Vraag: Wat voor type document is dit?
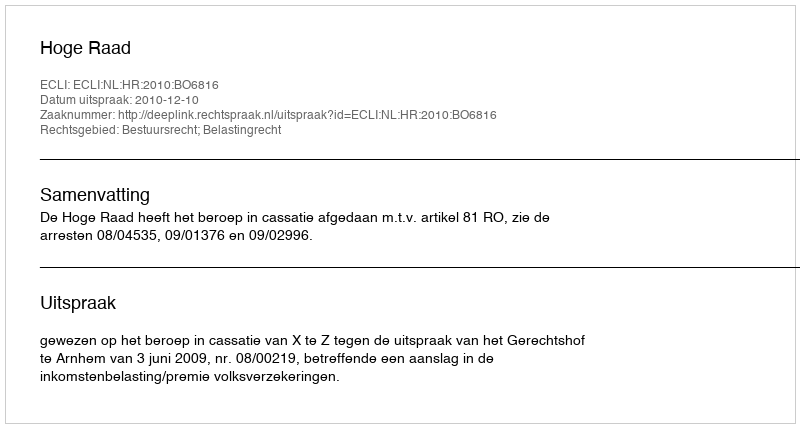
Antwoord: Uitspraak